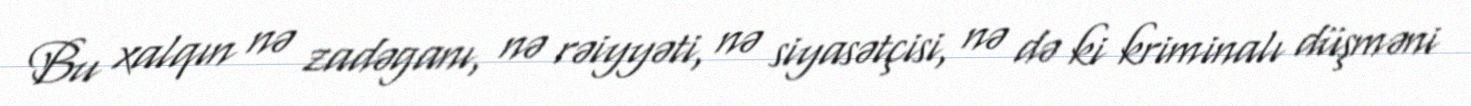
Bu xalqın nə zadəganı, nə rəiyyəti, nə siyasətçisi, nə də ki kriminalı düşməni